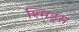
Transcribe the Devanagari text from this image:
श्मिड्स